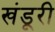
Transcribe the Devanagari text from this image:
खंडूरी